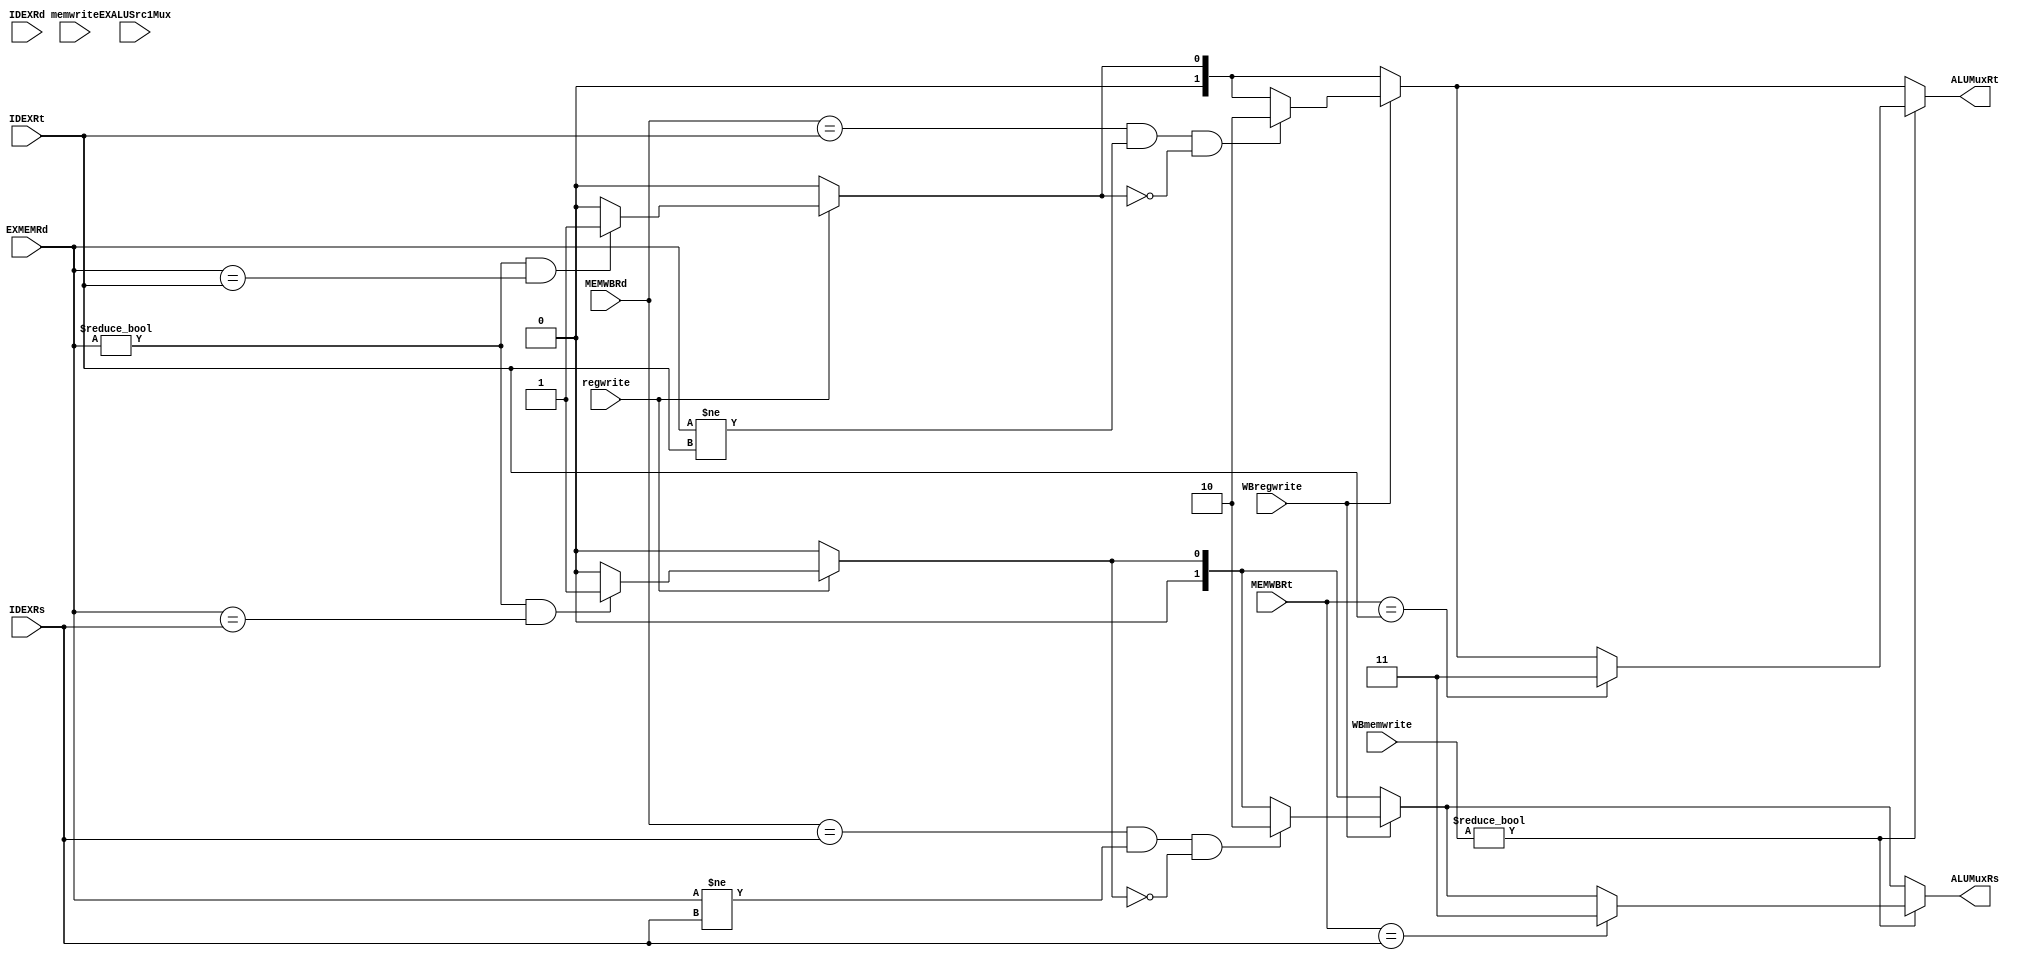
    module forwardUnit(IDEXRs, IDEXRt, IDEXRd, EXMEMRd, MEMWBRt, MEMWBRd,EXALUSrc1Mux,
                memwrite, WBmemwrite, regwrite, WBregwrite, ALUMuxRs, ALUMuxRt);

input [4:0] IDEXRs, IDEXRt, IDEXRd, EXMEMRd, MEMWBRt, MEMWBRd;

input [1:0] memwrite, WBmemwrite;

input regwrite, WBregwrite, EXALUSrc1Mux;

output reg [1:0] ALUMuxRs;
output reg [1:0] ALUMuxRt; 
////////////////////////////////////////////////////////////////////////////////////////////////
// Basically, what's happening is what data I forward depends on whether memread is high or not,
// or if it was just high the cycle before. Basically, if we just had a lw two cycles ago, we want
// to forward different data than if the dependency was not a lw. The way I currently handle it is
// I look at memwrite(memread) and WBMemwrite(which carries the memread value from the cyle before).
// What *might* be happening is that we need to forward data because of the previous add instruction,
// but the instr before that was a lw that had nothing to do with either of those instrs or the regs used.
// The memread being high because of that past lw might be screwing with the forwarding as a result.
// Though now thinking it out, that shouldn't be the case as we want to forward using the first if
// statement, set ALUMuxRt to 1. That doesn't check WBMemwrite (which is high because of the aforemetioned
// lw, but memwrite, which should be low because it's an add instr, not a lw.
////////////////////////////////////////////////////////////////////////////////////////////////
    
always @(*) begin
    ALUMuxRs = 0;
    ALUMuxRt = 0;
    if(regwrite) begin
    
        //if next instruction is hazard (gap = 0)
        if(EXMEMRd != 0 && EXMEMRd == IDEXRs) ALUMuxRs = 1; //forward Mem's Rd to Ex's Rs
        if(EXMEMRd != 0 && EXMEMRd == IDEXRt) ALUMuxRt = 1; //forward Mem's Rd to Ex's Rt
        
     end
     
     if(WBregwrite) begin
        
        //if the one after the next instr is hazard (gap = 1)
        if(MEMWBRd == IDEXRs && EXMEMRd != IDEXRs && ALUMuxRs != 1) ALUMuxRs = 2; //forward Wb's Rd to Ex's Rs
        if(MEMWBRd == IDEXRt && EXMEMRd != IDEXRt && ALUMuxRt != 1) ALUMuxRt = 2; //forward Wb's Rd to Ex's Rt

        //if gap of two ---- might not be necessary ---- not needed since we write first and read second
       // if(MEMWBRd == IFIDRs); //forward WB's Rd to D's Rs
       // if(MEMWBRd == IFIDRt); //forward WB's Rd to D's Rt
        
    end
    
    if(WBmemwrite != 0) begin
    
        //lw and then needed next instr --- NEEDS A STALL
        if(MEMWBRt == IDEXRs) ALUMuxRs = 3; //forward Wb's Rt to Ex's Rs
        if(MEMWBRt == IDEXRt) ALUMuxRt = 3; //forward Wb's Rt to Ex's Rt
        
        //lw gap of one -- same as above but w/o stall
        if(MEMWBRt == IDEXRs) ALUMuxRs = 3; //forward Wb's Rt to Ex's Rs
        if(MEMWBRt == IDEXRt) ALUMuxRt = 3; //forward Wb's Rt to Ex's Rt
        
        //lw gap of two -- might not be necessary ---- not needed since we write first and read second
      //  if(MEMWBRt == IFIDRs); //forward Wb's Rt to D's Rs
      //  if(MEMWBRt == IFIDRt); //forward Wb's Rt to D's Rt
        
    end
   
end
endmodule